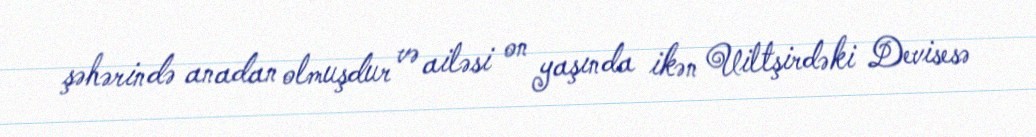
şəhərində anadan olmuşdur və ailəsi on yaşında ikən Uiltşirdəki Devisesə